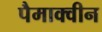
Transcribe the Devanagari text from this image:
पैमाक्वीन